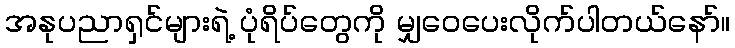
အနုပညာရှင်များရဲ့ ပုံရိပ်တွေကို မျှဝေပေးလိုက်ပါတယ်နော်။